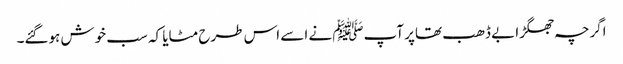
اگرچہ جھگڑا بے ڈھب تھاپر آپﷺ نے اسے اس طرح مٹایا کہ سب خوش ہوگئے۔